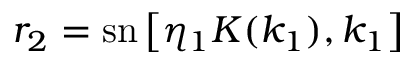
r _ { 2 } = \mathrm { s n } \left[ \eta _ { 1 } K ( k _ { 1 } ) , k _ { 1 } \right]